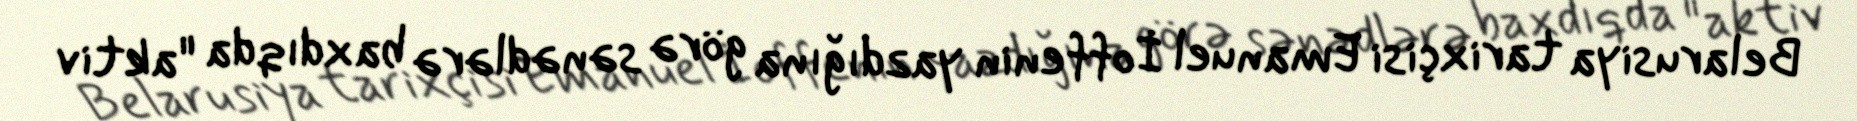
Belarusiya tarixçisi Emanuel İoffenin yazdığına görə sənədlərə baxdıqda "aktiv